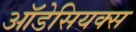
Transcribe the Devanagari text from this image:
ऑडेसियक्स